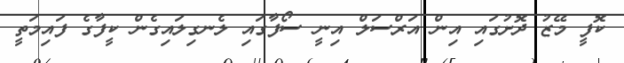
ކޮފީ މޭޒު ދޮށުގައި އިން އަރްސަލް އިނީ ސޯފާގައި ލެނގިލައިގެން ކީފާގެ ފައިމަތީ